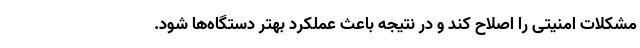
مشکلات امنیتی را اصلاح کند و در نتیجه باعث عملکرد بهتر دستگاه‌ها شود.